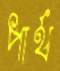
পার্থ